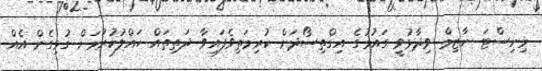
މިނިސްޓަ ނާޒިމް ވިދާޅުވީ ގައުމުގެ އިގްތިސޯދަށް ކުރިމަތިވެފައިވާ ދަތިތައް ހައްލުކުރުމަށް ގުޅިގެން އެއް